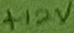
Text: +12V